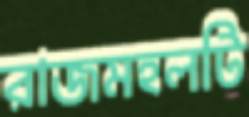
রাজমহলটি